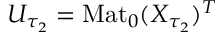
U _ { \tau _ { 2 } } = \mathrm { M a t } _ { 0 } ( X _ { \tau _ { 2 } } ) ^ { T }